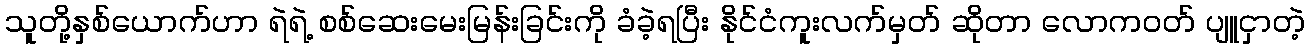
သူတို့နှစ်ယောက်ဟာ ရဲရဲ့ စစ်ဆေးမေးမြန်းခြင်းကို ခံခဲ့ရပြီး နိုင်ငံကူးလက်မှတ် ဆိုတာ လောကဝတ် ပျူငှာတဲ့